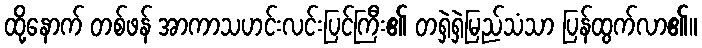
ထို့နောက် တစ်ဖန် အာကာသဟင်းလင်းပြင်ကြီး၏ တရှဲရှဲမြည်သံသာ ပြန်ထွက်လာ၏။